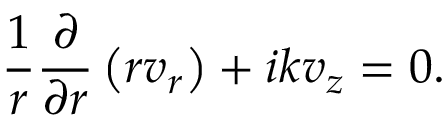
\frac { 1 } { r } \frac { \partial } { \partial r } \left( r v _ { r } \right) + i k v _ { z } = 0 .